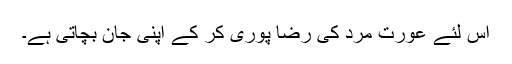
اس لئے عورت مرد کی رضا پوری کر کے اپنی جان بچاتی ہے۔